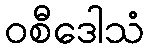
ဝစီဒေါသံ